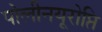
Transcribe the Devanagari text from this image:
पोलीनयूरोप्ति